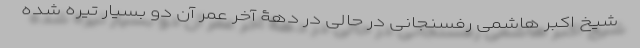
شیخ اکبر هاشمی رفسنجانی در حالی در دهۀ آخر عمر آن دو بسیار تیره شده